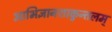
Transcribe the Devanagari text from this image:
आभिज्ञानशाकुन्तलम्